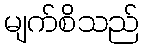
မျက်စိသည်